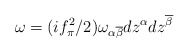
\begin{align*}\omega = (i f_\pi^2/2) \omega_{\alpha\overline{\beta}} dz^\alpha dz^{\overline{\beta}}\end{align*}